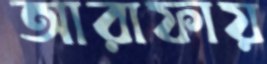
আরাফায়